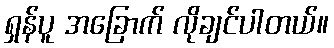
ရှန်ပူ အခြောက် လိုချင်ပါတယ်။